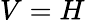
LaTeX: V=H